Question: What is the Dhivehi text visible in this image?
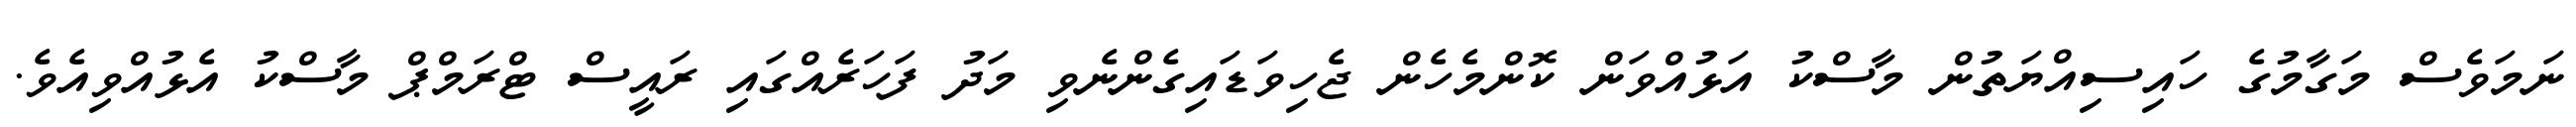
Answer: ނަމަވެސް މަގާމުގެ ހައިސިއްޔަތުން މާސްކު އަޅުއްވަން ކޮންމެހެން ޖެހިވަޑައިގެންނެވި މަދު ފަހަރެއްގައި ރައީސް ޓްރަމްޕް މާސްކު އެޅުއްވިއެވެ.